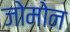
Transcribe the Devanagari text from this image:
जोमोन